Scottish Certificate of Education, 1963
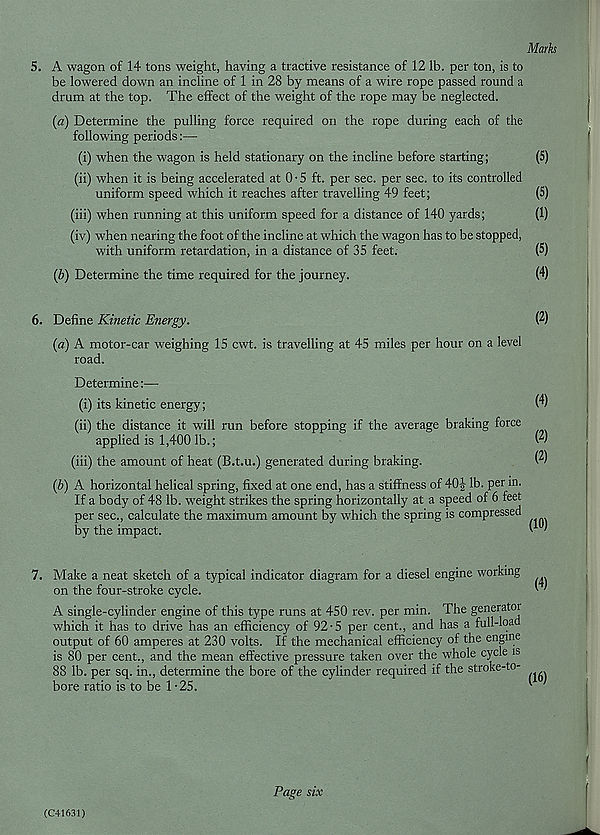
Marks
5. A wagon of 14 tons weight, having a tractive resistance of 12 lb. per ton, is to
be lowered down an incline of 1 in 28 by means of a wire rope passed round a
drum at the top. The effect of the weight of the rope may be neglected.
(a) Determine the pulling force required on the rope during each of the
following periods:—
(i) when the wagon is held stationary on the incline before starting;
(5)
(ii) when it is being accelerated at 0 • 5 ft. per sec. per sec. to its controlled
uniform speed which it reaches after travelling 49 feet;
(5)
(iii) when running at this uniform speed for a distance of 140 yards;
(1)
(iv) when nearing the foot of the incline at which the wagon has to be stopped,
with uniform retardation, in a distance of 35 feet.
(5)
(b) Determine the time required for the journey.
(4)
6. Define Kinetic Energy.
(a) A motor-car weighing 15 cwt. is travelling at 45 miles per hour on a level
road.
(2)
Determine:—
(i) its kinetic energy;
W
(ii) the distance it will run before stopping if the average braking force
applied is 1,400 lb.;
w)
(iii) the amount of heat (B.t.u.) generated during braking.
$
{b) A horizontal helical spring, fixed at one end, has a stiffness of 40| lb. per in.
If a body of 48 lb. weight strikes the spring horizontally at a speed of 6 feet
per sec., calculate the maximum amount by which the spring is compressed
by the impact.
(10)
7. Make a neat sketch of a typical indicator diagram for a diesel engine working
on the four-stroke cycle.
A single-cylinder engine of this type runs at 450 rev. per min. The generatoi
which it has to drive has an efficiency of 92-5 per cent., and has a full-load
output of 60 amperes at 230 volts. If the mechanical efficiency of the engine
is 80 per cent., and the mean effective pressure taken over the whole cycle is
88 lb. per sq. in., determine the bore of the cylinder required if the stroke-to-
bore ratio is to be 1-25.
f
(C41631)
Page s ix